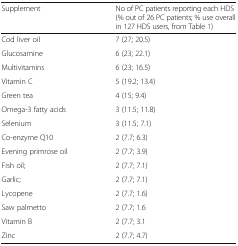
<table><thead><tr><td><b>Supplement</b></td><td><b>No of PC patients reporting each HDS (% out of 26 PC patients; % use overall in 127 HDS users, from Table 1)</b></td></tr></thead><tbody><tr><td>Cod liver oil</td><td>7 (27; 20.5)</td></tr><tr><td>Glucosamine</td><td>6 (23; 22.1)</td></tr><tr><td>Multivitamins</td><td>6 (23; 16.5)</td></tr><tr><td>Vitamin C</td><td>5 (19.2; 13.4)</td></tr><tr><td>Green tea</td><td>4 (15; 9.4)</td></tr><tr><td>Omega-3 fatty acids</td><td>3 (11.5; 11.8)</td></tr><tr><td>Selenium</td><td>3 (11.5; 7.1)</td></tr><tr><td>Co-enzyme Q10</td><td>2 (7.7; 6.3)</td></tr><tr><td>Evening primrose oil</td><td>2 (7.7; 3.9)</td></tr><tr><td>Fish oil;</td><td>2 (7.7; 7.1)</td></tr><tr><td>Garlic;</td><td>2 (7.7; 7.1)</td></tr><tr><td>Lycopene</td><td>2 (7.7; 1.6)</td></tr><tr><td>Saw palmetto</td><td>2 (7.7; 1.6</td></tr><tr><td>Vitamin B</td><td>2 (7.7; 3.1</td></tr><tr><td>Zinc</td><td>2 (7.7; 4.7)</td></tr></tbody></table>